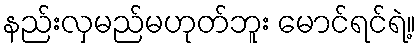
နည်းလှမည်မဟုတ်ဘူး မောင်ရင်ရဲ့။